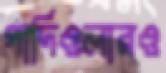
গার্দিওলারও